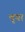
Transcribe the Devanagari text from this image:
त्तृया